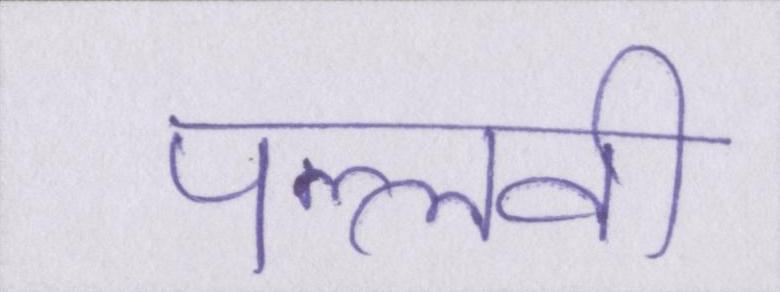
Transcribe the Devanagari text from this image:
पल्लवी